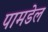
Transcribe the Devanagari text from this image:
पामडेल